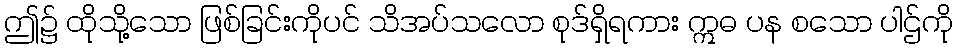
ဤ၌ ထိုသို့သော ဖြစ်ခြင်းကိုပင် သိအပ်သလော စုဒ်ရှိရကား ဣဓ ပန စသော ပါဌ်ကို